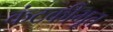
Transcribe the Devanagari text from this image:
कंटकीभूत